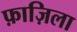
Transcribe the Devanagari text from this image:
फ़ाज़िला